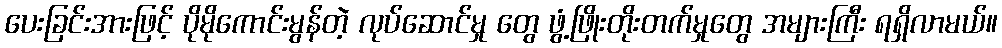
ပေးခြင်းအားဖြင့် ပိုမိုကောင်းမွန်တဲ့ လုပ်ဆောင်မှု တွေ ဖွံ့ဖြိုးတိုးတက်မှုတွေ အများကြီး ရရှိလာမယ်။